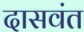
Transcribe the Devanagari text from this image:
दासवंत